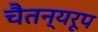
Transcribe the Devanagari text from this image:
चैतन्यरूप